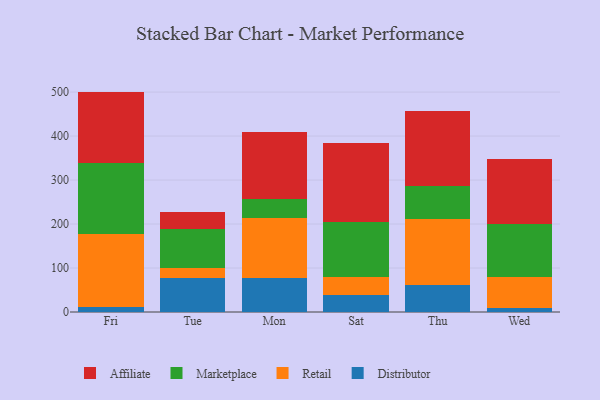
{"axis": {"x": "Day", "y": "Demand Index"}, "legend": ["Affiliate", "Distributor", "Marketplace", "Retail"], "data": [{"x": "Fri", "y": 10.6, "type": "Distributor"}, {"x": "Fri", "y": 166.3, "type": "Retail"}, {"x": "Fri", "y": 161.6, "type": "Marketplace"}, {"x": "Fri", "y": 162.6, "type": "Affiliate"}, {"x": "Tue", "y": 77.5, "type": "Distributor"}, {"x": "Tue", "y": 22.7, "type": "Retail"}, {"x": "Tue", "y": 88.4, "type": "Marketplace"}, {"x": "Tue", "y": 38.1, "type": "Affiliate"}, {"x": "Mon", "y": 77.1, "type": "Distributor"}, {"x": "Mon", "y": 137.2, "type": "Retail"}, {"x": "Mon", "y": 43.1, "type": "Marketplace"}, {"x": "Mon", "y": 152.4, "type": "Affiliate"}, {"x": "Sat", "y": 38.0, "type": "Distributor"}, {"x": "Sat", "y": 41.6, "type": "Retail"}, {"x": "Sat", "y": 123.9, "type": "Marketplace"}, {"x": "Sat", "y": 179.7, "type": "Affiliate"}, {"x": "Thu", "y": 62.4, "type": "Distributor"}, {"x": "Thu", "y": 148.2, "type": "Retail"}, {"x": "Thu", "y": 76.7, "type": "Marketplace"}, {"x": "Thu", "y": 170.2, "type": "Affiliate"}, {"x": "Wed", "y": 10.1, "type": "Distributor"}, {"x": "Wed", "y": 68.5, "type": "Retail"}, {"x": "Wed", "y": 120.6, "type": "Marketplace"}, {"x": "Wed", "y": 147.9, "type": "Affiliate"}]}